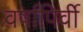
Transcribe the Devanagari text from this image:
वर्षापिर्वी